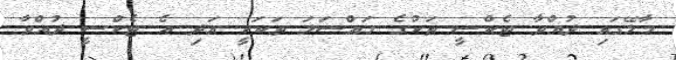
މާލޭގައި ދުއްވާ ޓެކްސީ ތަކުގެ މައްސަލަ ތަކަކީ އަދި އެ ޓެކްސީ ދުއްވާ